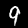
Label: 9